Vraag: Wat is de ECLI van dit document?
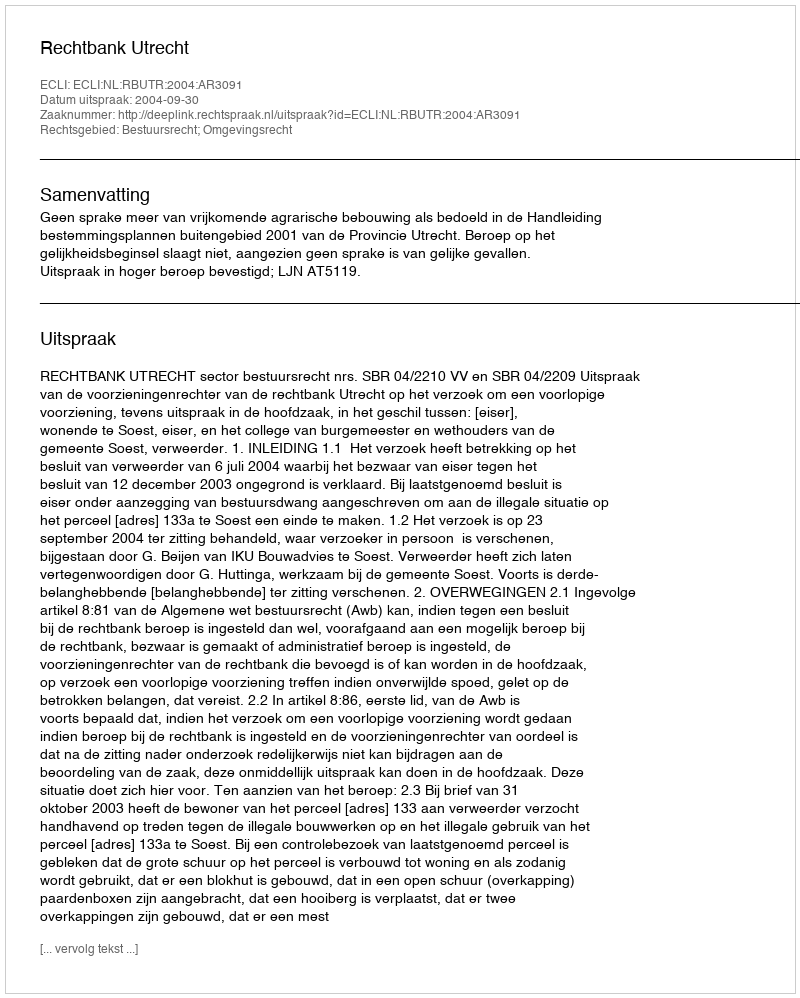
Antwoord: ECLI:NL:RBUTR:2004:AR3091